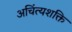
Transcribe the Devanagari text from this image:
अचिंत्यशक्ति